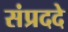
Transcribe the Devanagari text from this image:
संप्रददे